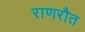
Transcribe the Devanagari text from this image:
राणरौत